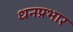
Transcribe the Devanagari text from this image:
धनप्रभार